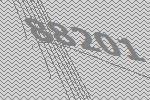
88201